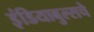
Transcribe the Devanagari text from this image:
इंडियाबुल्सचे